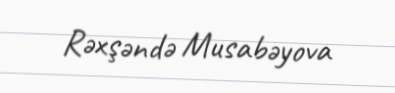
Rəxşəndə Musabəyova